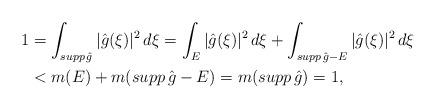
LaTeX: \begin{align*}1 &= \int_{supp \, \hat g} |\hat g(\xi)|^2 \, d\xi = \int_E |\hat g(\xi)|^2 \, d\xi + \int_{supp \, \hat g - E} |\hat g(\xi)|^2 \, d\xi \\&< m(E)+m(supp \, \hat g - E)=m(supp \, \hat g) = 1,\end{align*}